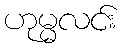
ဟုမ္မလင်း